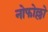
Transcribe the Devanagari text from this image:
नोफोल्लो